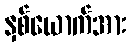
နှစ်ယောက်အား